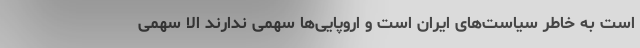
است به خاطر سیاست‌های ایران است و اروپایی‌ها سهمی ندارند الا سهمی